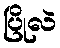
ပြိုလဲ